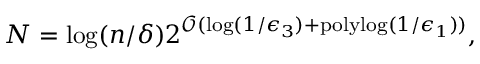
N = \log ( n / \delta ) 2 ^ { \mathcal { O } ( \log ( 1 / \epsilon _ { 3 } ) + \mathrm { p o l y l o g } ( 1 / \epsilon _ { 1 } ) ) } ,